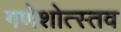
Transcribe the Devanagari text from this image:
गणेशोत्स्तव